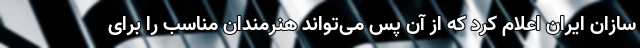
سازان ایران اعلام کرد که از آن پس می‌تواند هنرمندان مناسب را برای